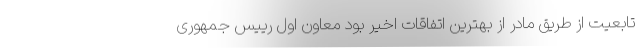
تابعیت از طریق مادر از بهترین اتفاقات اخیر بود معاون اول رییس جمهوری